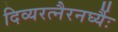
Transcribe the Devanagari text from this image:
दिव्यरत्नैरनर्घ्यैः